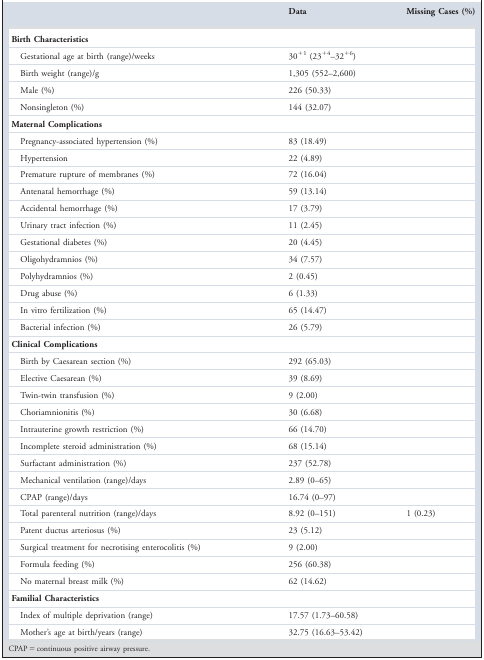
<table><thead><tr><td></td><td></td><td><b>Data</b></td><td><b>Missing Cases (%)</b></td></tr></thead><tbody><tr><td><b>Birth Characteristics</b></td><td></td><td></td><td></td></tr><tr><td colspan="2">Gestational age at birth (range)/weeks</td><td>30<sup>+1</sup> (23<sup>+4</sup>–32<sup>+6</sup>)</td><td></td></tr><tr><td>Birth weight (range)/g</td><td></td><td>1,305 (552–2,600)</td><td></td></tr><tr><td>Male (%)</td><td></td><td>226 (50.33)</td><td></td></tr><tr><td>Nonsingleton (%)</td><td></td><td>144 (32.07)</td><td></td></tr><tr><td><b>Maternal Complications</b></td><td></td><td></td><td></td></tr><tr><td colspan="2">Pregnancy‐associated hypertension (%)</td><td>83 (18.49)</td><td></td></tr><tr><td>Hypertension</td><td></td><td>22 (4.89)</td><td></td></tr><tr><td colspan="2">Premature rupture of membranes (%)</td><td>72 (16.04)</td><td></td></tr><tr><td>Antenatal hemorrhage (%)</td><td></td><td>59 (13.14)</td><td></td></tr><tr><td>Accidental hemorrhage (%)</td><td></td><td>17 (3.79)</td><td></td></tr><tr><td>Urinary tract infection (%)</td><td></td><td>11 (2.45)</td><td></td></tr><tr><td>Gestational diabetes (%)</td><td></td><td>20 (4.45)</td><td></td></tr><tr><td>Oligohydramnios (%)</td><td></td><td>34 (7.57)</td><td></td></tr><tr><td>Polyhydramnios (%)</td><td></td><td>2 (0.45)</td><td></td></tr><tr><td>Drug abuse (%)</td><td></td><td>6 (1.33)</td><td></td></tr><tr><td>In vitro fertilization (%)</td><td></td><td>65 (14.47)</td><td></td></tr><tr><td>Bacterial infection (%)</td><td></td><td>26 (5.79)</td><td></td></tr><tr><td><b>Clinical Complications</b></td><td></td><td></td><td></td></tr><tr><td>Birth by Caesarean section (%)</td><td></td><td>292 (65.03)</td><td></td></tr><tr><td>Elective Caesarean (%)</td><td></td><td>39 (8.69)</td><td></td></tr><tr><td>Twin‐twin transfusion (%)</td><td></td><td>9 (2.00)</td><td></td></tr><tr><td>Choriamnionitis (%)</td><td></td><td>30 (6.68)</td><td></td></tr><tr><td>Intrauterine growth restriction (%)</td><td></td><td>66 (14.70)</td><td></td></tr><tr><td colspan="2">Incomplete steroid administration (%)</td><td>68 (15.14)</td><td></td></tr><tr><td>Surfactant administration (%)</td><td></td><td>237 (52.78)</td><td></td></tr><tr><td>Mechanical ventilation (range)/days</td><td></td><td>2.89 (0–65)</td><td></td></tr><tr><td>CPAP (range)/days</td><td></td><td>16.74 (0–97)</td><td></td></tr><tr><td colspan="2">Total parenteral nutrition (range)/days</td><td>8.92 (0–151)</td><td>1 (0.23)</td></tr><tr><td>Patent ductus arteriosus (%)</td><td></td><td>23 (5.12)</td><td></td></tr><tr><td colspan="2">Surgical treatment for necrotising enterocolitis (%)</td><td>9 (2.00)</td><td></td></tr><tr><td>Formula feeding (%)</td><td></td><td>256 (60.38)</td><td></td></tr><tr><td>No maternal breast milk (%)</td><td></td><td>62 (14.62)</td><td></td></tr><tr><td><b>Familial Characteristics</b></td><td></td><td></td><td></td></tr><tr><td>Index of multiple deprivation (range)</td><td></td><td>17.57 (1.73–60.58)</td><td></td></tr><tr><td>Mother&#x27;s age at birth/years (range)</td><td></td><td>32.75 (16.63–53.42)</td><td></td></tr></tbody></table>